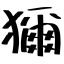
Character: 獮